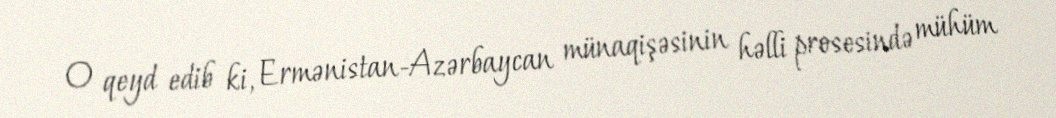
O qeyd edib ki, Ermənistan-Azərbaycan münaqişəsinin həlli prosesində mühüm